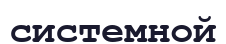
системной